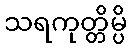
သရကုတ္တိမ္ပိ